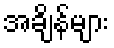
အချိန်များ